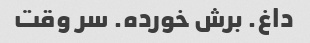
داغ. برش خورده. سر وقت